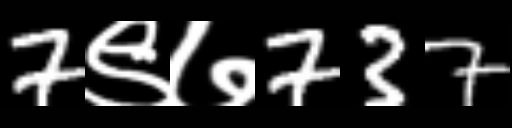
Text: 7९७737